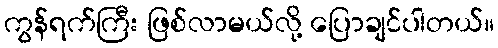
ကွန်ရက်ကြီး ဖြစ်လာမယ်လို့ ပြောချင်ပါတယ်။